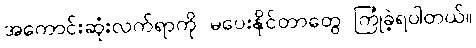
အကောင်းဆုံးလက်ရာကို မပေးနိုင်တာတွေ ကြုံခဲ့ရပါတယ်။